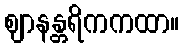
ဈာနန္တရိကကထာ။